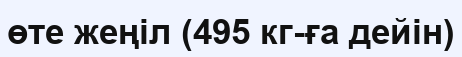
өте жеңіл (495 кг-ға дейін)